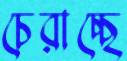
চেরাচ্ছে